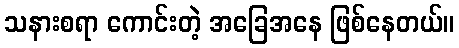
သနားစရာ ကောင်းတဲ့ အခြေအနေ ဖြစ်နေတယ်။